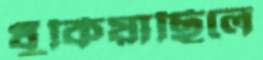
ধুঁকিয়াছিলে